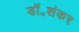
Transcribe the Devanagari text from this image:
डॉ॰शंकर